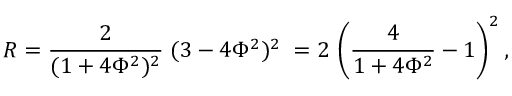
{ \cal R } = { \frac 2 { ( 1 + 4 \Phi ^ { 2 } ) ^ { 2 } } \; } ( 3 - 4 \Phi ^ { 2 } ) ^ { 2 } \; = 2 \, \left( { \frac 4 { 1 + 4 \Phi ^ { 2 } } - 1 } \right) ^ { 2 } ,